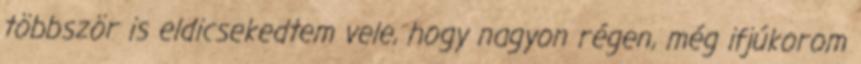
többször is eldicsekedtem vele, hogy nagyon régen, még ifjúkorom